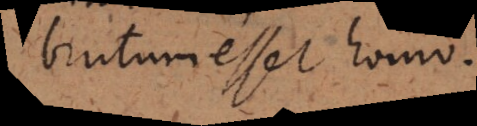
brutum esset homo.